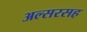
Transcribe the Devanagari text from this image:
अल्सरसह